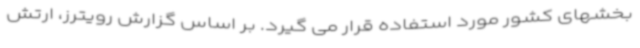
بخشهای کشور مورد استفاده قرار می گیرد. بر اساس گزارش رویترز، ارتش